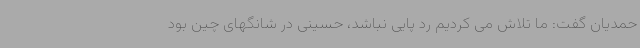
حمدیان گفت: ما تلاش می کردیم رد پایی نباشد، حسینی در شانگهای چین بود